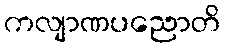
ကလျာဏပညောတိ